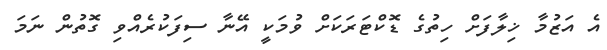
އެ އަޒުމާ ޚިލާފަށް ހިތުގެ ޑޮކްޓަރަކަށް ވުމަކީ އޭނާ ސިފަކުރެއްވި ގޮތުން ނަމަ